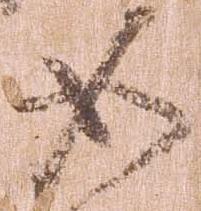
如